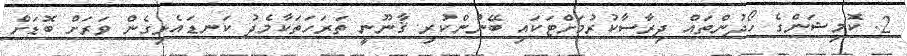
2. ކޮމިޝަންގެ ހޯދުންތައް ދިރާސާކުރުމަށްޓަކައި ބޭނުންކުރި ޤާނޫނީ ތަރަހަތަކާމެދު ކަނޑައެޅިގެން ވަރަށް ބޮޑަށް